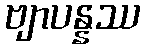
ဗျာပန္နဿ